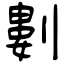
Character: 𠞭